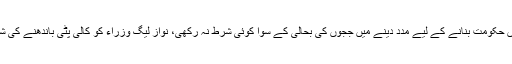
صرف ججوں کی بحالی کی بات کی، پیپلز پارٹی کو وفاق میں حکومت بنانے کے لیے مدد دینے میں ججوں کی بحالی کے سوا کوئی شرط نہ رکھی، نواز لیگ وزراء کو کالی پٹی باندھنے کی شرط پر صدر مشرف سے حلف لینے کی بھی اجازت دے دی۔